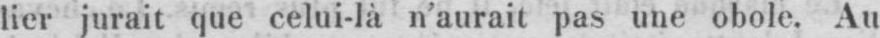
lier jurait que celui-là n’aurait pas une obole. Au